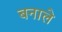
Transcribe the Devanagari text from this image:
बनाले